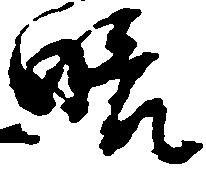
略